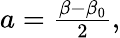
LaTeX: \begin{array}{r}{a=\frac{\beta-\beta_{0}}{2},}\end{array}